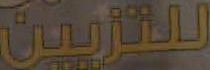
للتزيين